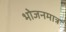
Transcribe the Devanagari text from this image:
भोजनमात्र